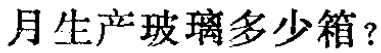
月生产玻璃多少箱？